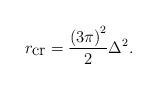
LaTeX: \begin{align*}r_{\mbox{cr}}=\frac{\left( 3 \pi\right) ^2}{2} \Delta ^2.\end{align*}